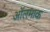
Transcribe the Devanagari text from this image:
ऑलमाक